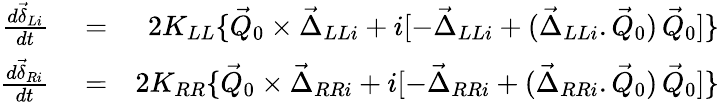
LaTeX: \begin{array}{rlr}{\frac{d\vec{\delta}_{Li}}{dt}}&{{}=}&{2K_{LL}\{ \vec{Q}_{0}\times\vec{\Delta}_{LLi}+i[-\vec{\Delta}_{LLi}+(\vec{\Delta}_{LLi}.\vec{Q}_{0})\, \vec{Q}_{0}]\} }\\ {\frac{d\vec{\delta}_{Ri}}{dt}}&{{}=}&{2K_{RR}\{ \vec{Q}_{0}\times\vec{\Delta}_{RRi}+i[-\vec{\Delta}_{RRi}+(\vec{\Delta}_{RRi}.\vec{Q}_{0})\, \vec{Q}_{0}]\} }\end{array}